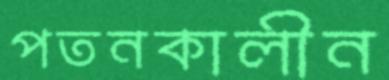
পতনকালীন